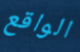
الواقع